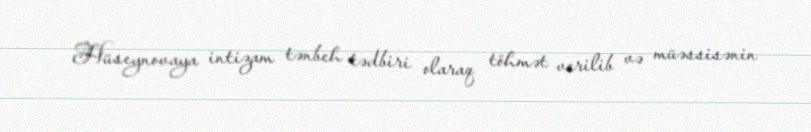
Hüseynovaya intizam tənbeh tədbiri olaraq töhmət verilib və müəssisənin